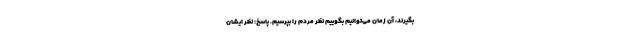
بگیرند، آن زمان می‌توانیم بگوییم نظر مردم را بپرسیم. پاسخ: نظر ایشان